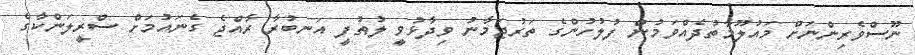
ނޫސްވެރިންނަށް މައުލޫމާތުދެއްވަމުން ފުލުހުންގެ ތަރުޖަމާނު ވިދާޅުވީ ލުޠުފީ އަނބުރާ ރާއްޖެ ގެނައުމަށް ސްރީލަންކާގެ